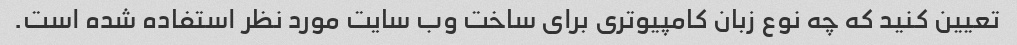
تعیین کنید که چه نوع زبان کامپیوتری برای ساخت وب سایت مورد نظر استفاده شده است.